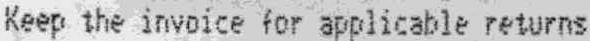
KEEP THE INVOICE FOR APPLICABLE RETURNS